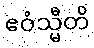
ဧဝံသ္မီတိ